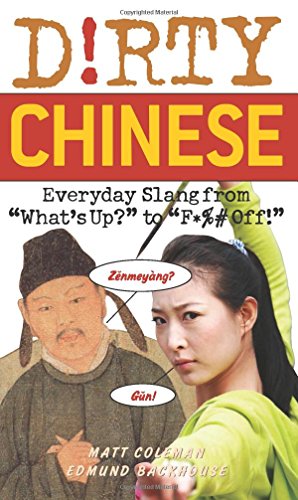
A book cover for Dirty Chinese: Everyday Slang from "What's Up?" to "F*%# Off!" (Dirty Everyday Slang); Matt Coleman; Reference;